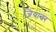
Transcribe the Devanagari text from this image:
जियावर